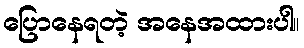
ပြောနေရတဲ့ အနေအထားပါ။